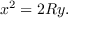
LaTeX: x ^ { 2 } = 2 R y .